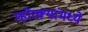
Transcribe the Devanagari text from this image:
म्होरक्यांमध्ये